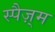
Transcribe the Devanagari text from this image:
स्पैज़्म